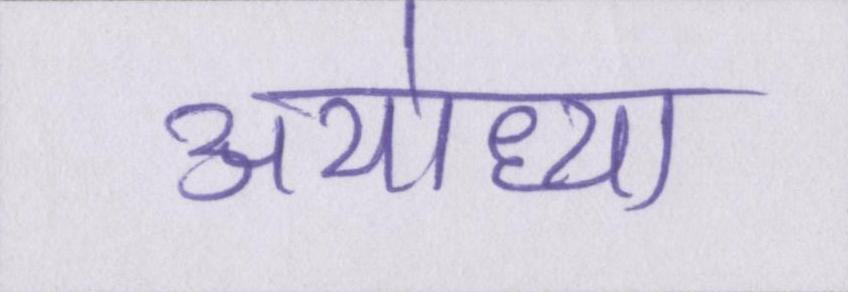
अयोध्या